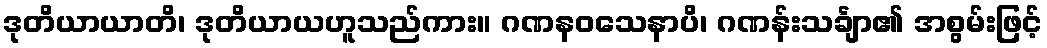
ဒုတိယာယာတိ၊ ဒုတိယာယဟူသည်ကား။ ဂဏနဝသေနာပိ၊ ဂဏန်းသင်္ချာ၏ အစွမ်းဖြင့်